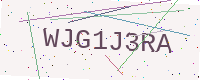
Text: WJG1J3RA